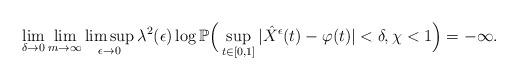
LaTeX: \begin{align*}\lim_{\delta\to0}\lim_{m\to\infty}\limsup_{\epsilon\to0}\lambda^2(\epsilon)\log\mathbb P\Big(\sup_{t\in[0,1]}|\hat{X}^{\epsilon}(t)-\varphi(t)|<\delta, \chi<1\Big)=-\infty.\end{align*}